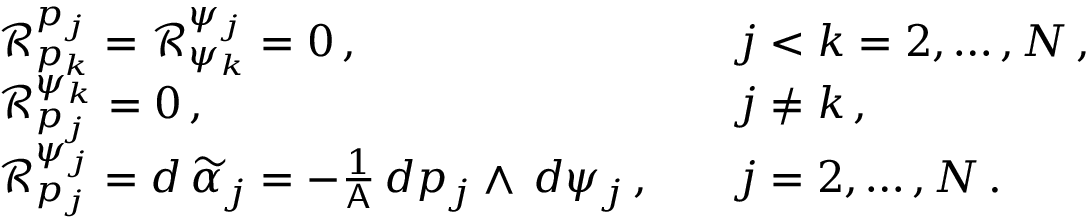
\begin{array} { r l r l } & { \mathcal { R } ^ { p _ { j } } _ { p _ { k } } = \mathcal { R } ^ { \psi _ { j } } _ { \psi _ { k } } = 0 \, , } & & { j < k = 2 , \hdots , N \, , } \\ & { \mathcal { R } ^ { \psi _ { k } } _ { p _ { j } } = 0 \, , } & & { j \neq k \, , } \\ & { \mathcal { R } ^ { \psi _ { j } } _ { p _ { j } } = d \, \widetilde { \alpha } _ { j } = - \frac { 1 } { \mathsf { A } } \, d p _ { j } \wedge \, d \psi _ { j } \, , } & & { j = 2 , \hdots , N \, . } \end{array}